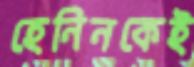
হেনিনকেই